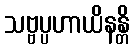
သဗ္ဗပ္ပဟာယိနန္တိ